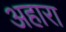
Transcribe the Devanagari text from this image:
अहारा